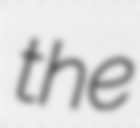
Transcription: the